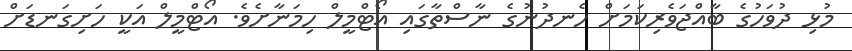
މުޅި ދުވަހުގެ ބާއްޖަވެރިކަމަށް ހެނދުނުގެ ނާސްތާގައި އޯޓްމީލް ހިމަނާށެވެ. އޯޓްމީލް އަކީ ހަށިގަނޑަަށް